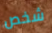
شخص